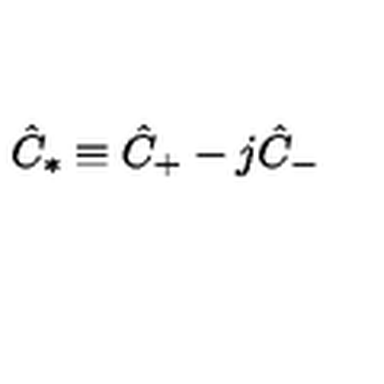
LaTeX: \hat { C } _ { \ast } \equiv \hat { C } _ { + } - j \hat { C } _ { - }